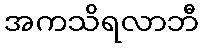
အကသိရလာဘီ